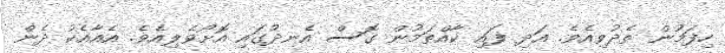
ހިފަމުން ތެދުވިއެވެ. އަދި ފައި ކާއްތަމުން ގޮސް އެނދުގައި އޮށޯވެލިއެވެ. އެއާއެކު ދެން